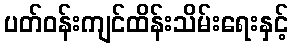
ပတ်ဝန်းကျင်ထိန်းသိမ်းရေးနှင့်